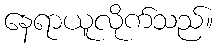
နေရာယူလိုက်သည်။